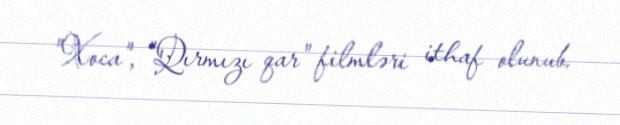
"Xoca", "Qırmızı qar" filmləri ithaf olunub.